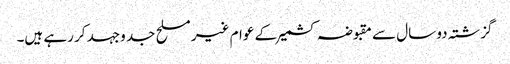
گزشتہ دو سال سے مقبوضہ کشمیر کے عوام غیر مسلح جد وجہد کر رہے ہیں۔